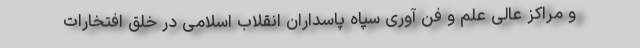
و مراکز عالی علم و فن آوری سپاه پاسداران انقلاب اسلامی در خلق افتخارات